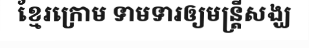
ខ្មែរក្រោម ទាមទារឲ្យមន្ត្រីសង្ឃ